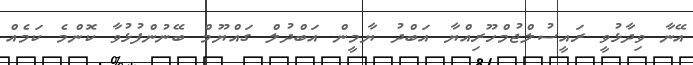
އޭނާ ވިދާޅުވީ ރައީސުލްޖުމްހޫރިއްޔާ އަބްދު ޔާމީން އަބްދުލް ގައްޔޫމް ބޭނުންފުޅުވާ ކޮންމެ ކަމެއް